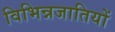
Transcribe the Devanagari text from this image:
विभिन्नजातियों